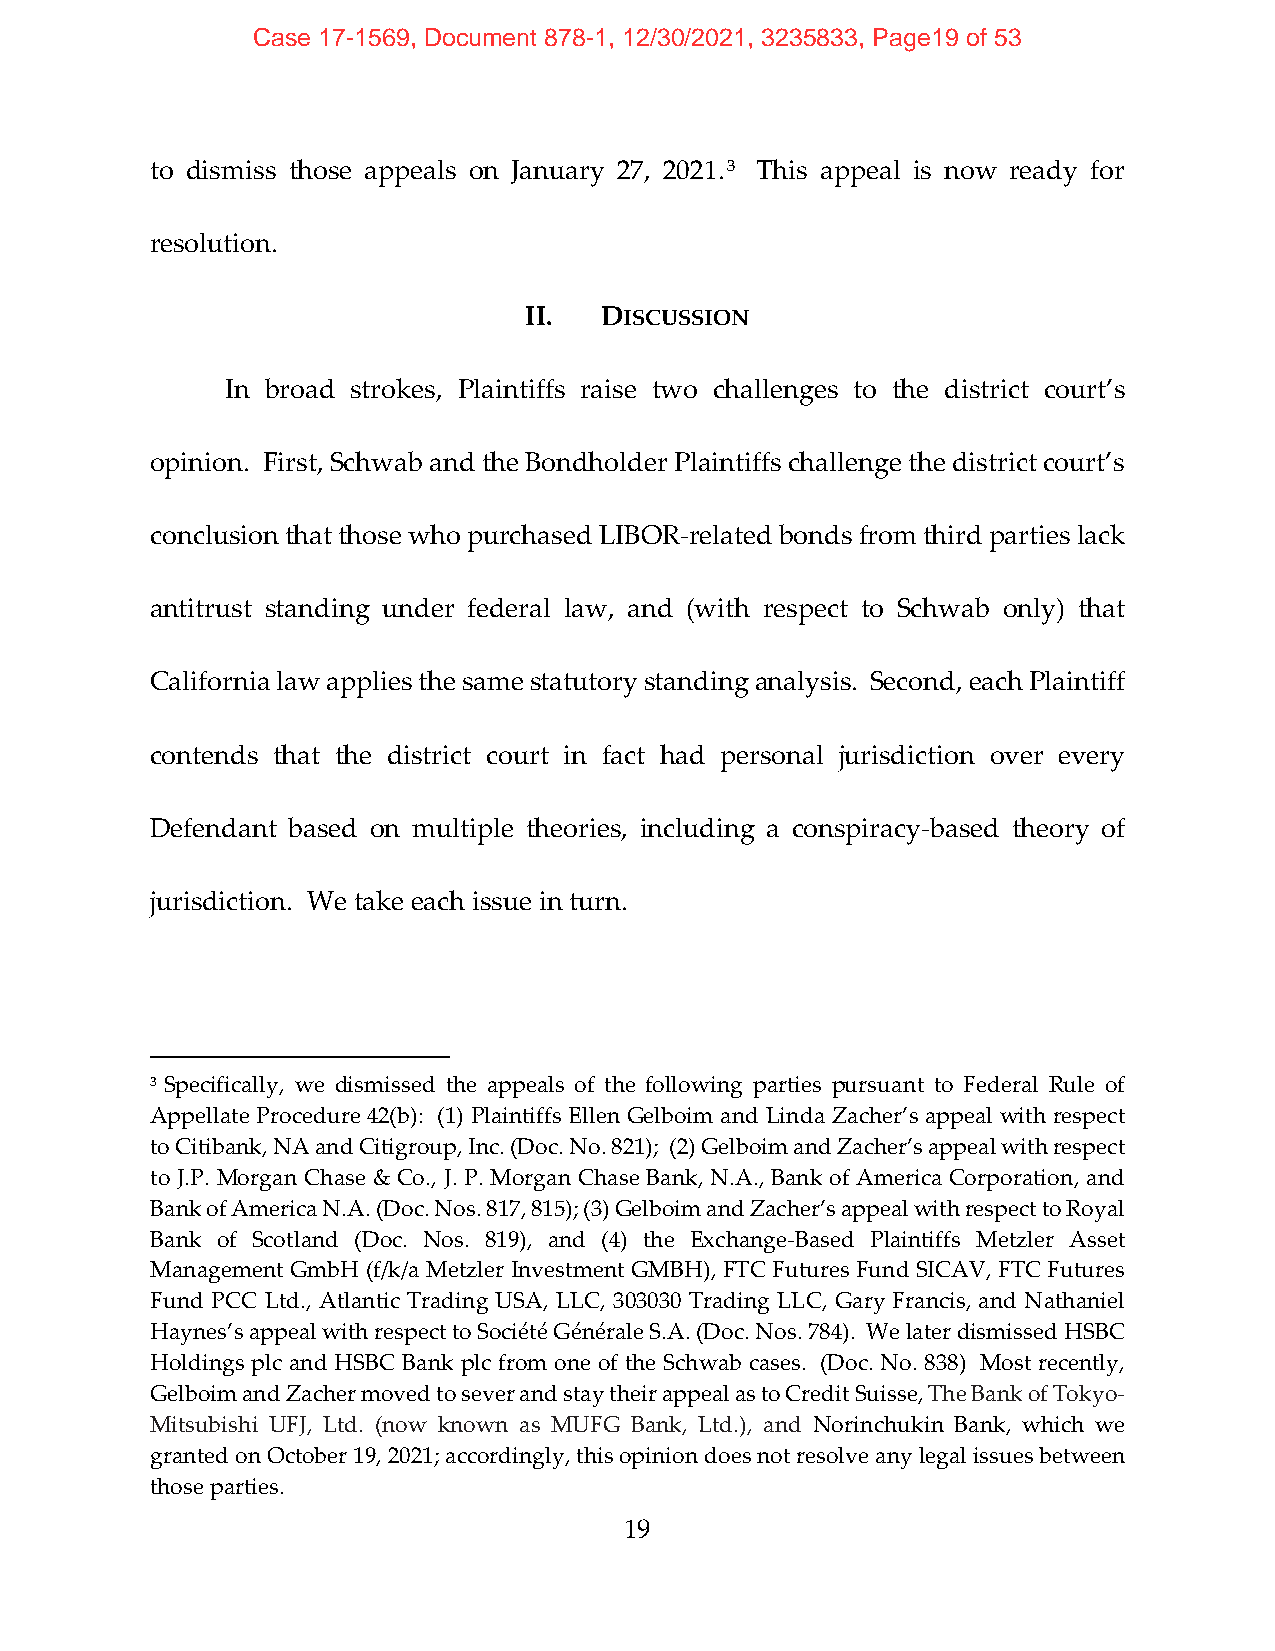
Case 17-1569, Document 878-1, 12/30/2021, 3235833, Page19 of 53
 to dismiss those appeals on January 27, 2021.3 This appeal is now ready for
 resolution.
 II.  DISCUSSION
 In broad strokes, Plaintiffs raise two challenges to the district court’s
 opinion. First, Schwab and the Bondholder Plaintiffs challenge the district court’s
 conclusion that those who purchased LIBOR‐related bonds from third parties lack
 antitrust standing under federal law, and (with respect to Schwab only) that
 California law applies the same statutory standing analysis. Second, each Plaintiff
 contends that the district court in fact had personal jurisdiction over every
 Defendant based on multiple theories, including a conspiracy‐based theory of
 jurisdiction. We take each issue in turn.
 3 Specifically, we dismissed the appeals of the following parties pursuant to Federal Rule of
 Appellate Procedure 42(b): (1) Plaintiffs Ellen Gelboim and Linda Zacher’s appeal with respect
 to Citibank, NA and Citigroup, Inc. (Doc. No. 821); (2) Gelboim and Zacher’s appeal with respect
 to J.P. Morgan Chase & Co., J. P. Morgan Chase Bank, N.A., Bank of America Corporation, and
 Bank of America N.A. (Doc. Nos. 817, 815); (3) Gelboim and Zacher’s appeal with respect to Royal
 Bank of Scotland (Doc. Nos. 819), and (4) the Exchange‐Based Plaintiffs Metzler Asset
 Management GmbH (f/k/a Metzler Investment GMBH), FTC Futures Fund SICAV, FTC Futures
 Fund PCC Ltd., Atlantic Trading USA, LLC, 303030 Trading LLC, Gary Francis, and Nathaniel
 Haynes’s appeal with respect to Société Générale S.A. (Doc. Nos. 784). We later dismissed HSBC
 Holdings plc and HSBC Bank plc from one of the Schwab cases. (Doc. No. 838) Most recently,
 Gelboim and Zacher moved to sever and stay their appeal as to Credit Suisse, The Bank of Tokyo‐
 Mitsubishi UFJ, Ltd. (now known as MUFG Bank, Ltd.), and Norinchukin Bank, which we
 granted on October 19, 2021; accordingly, this opinion does not resolve any legal issues between
 those parties.
 19